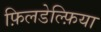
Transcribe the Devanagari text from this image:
फ़िलडेल्फ़िया